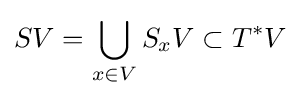
SV=\bigcup _{x\in V}S_{x}V\subset T^{*}V